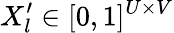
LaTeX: X_{l}^{\prime}\in[0,1]^{U\times V}